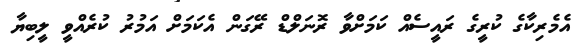
އެމެރިކާގެ ކުރީގެ ރައީސެއް ކަމަށްވާ ރޮނަލްޑް ރޭގަން އެކަމަށް އަމުރު ކުރެއްވީ ލީބިޔާ